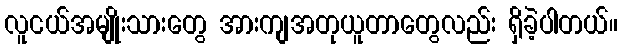
လူငယ်အမျိုးသားတွေ အားကျအတုယူတာတွေလည်း ရှိခဲ့ပါတယ်။